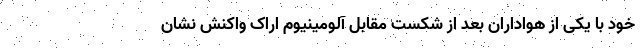
خود با یکی از هواداران بعد از شکست مقابل آلومینیوم اراک واکنش نشان